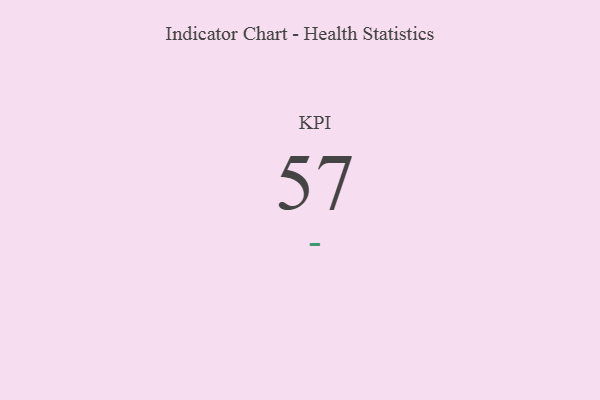
{"axis": {"x": "KPI", "y": "Value"}, "legend": [""], "data": [{"x": "KPI", "y": 57, "type": ""}]}